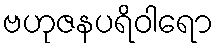
ဗဟုဇနပရိဝါရော